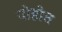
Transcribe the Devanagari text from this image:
पोहोत